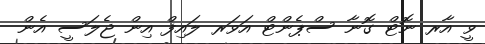
ވީ އާރ ނޮޓް ގޮނާ ސްޕެންޓް އަވަރ ލައިފް އިން ޖެލަސީ އެން